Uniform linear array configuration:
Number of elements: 64
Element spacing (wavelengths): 0.75
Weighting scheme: blackman
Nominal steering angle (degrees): -30
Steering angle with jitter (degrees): -28.495
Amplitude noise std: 0.05
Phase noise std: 0.05

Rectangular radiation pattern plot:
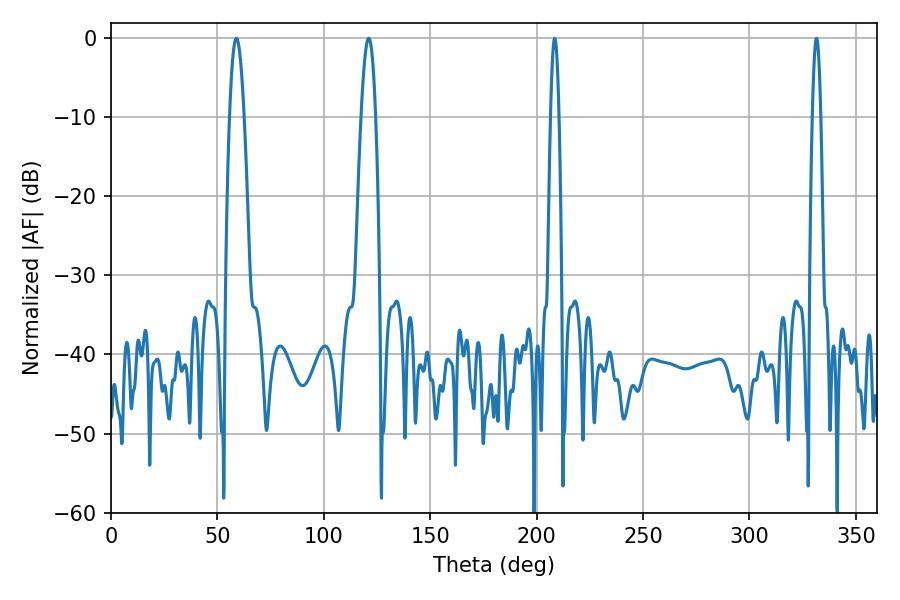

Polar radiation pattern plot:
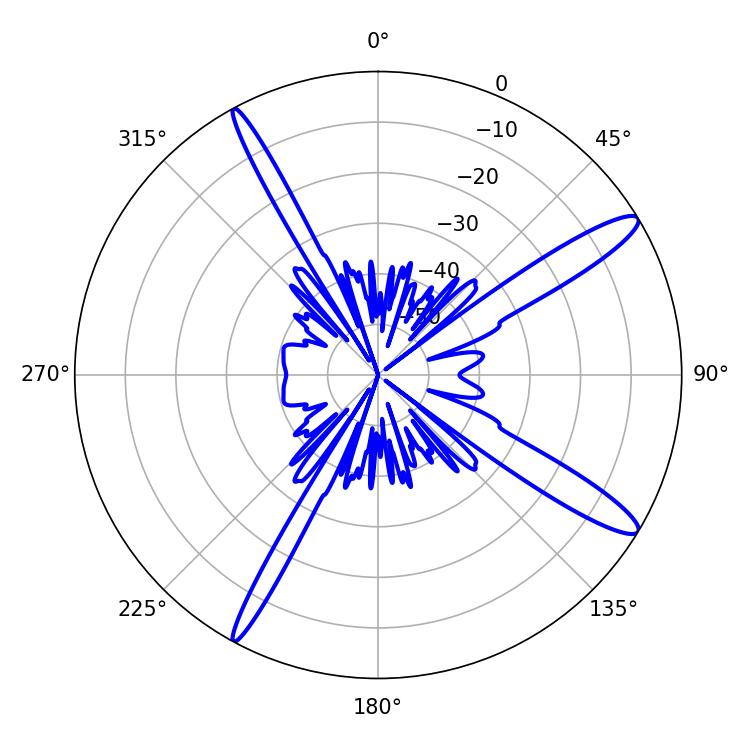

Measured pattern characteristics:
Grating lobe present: TRUE
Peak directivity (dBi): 13.844
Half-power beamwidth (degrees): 3.78
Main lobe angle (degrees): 121.14